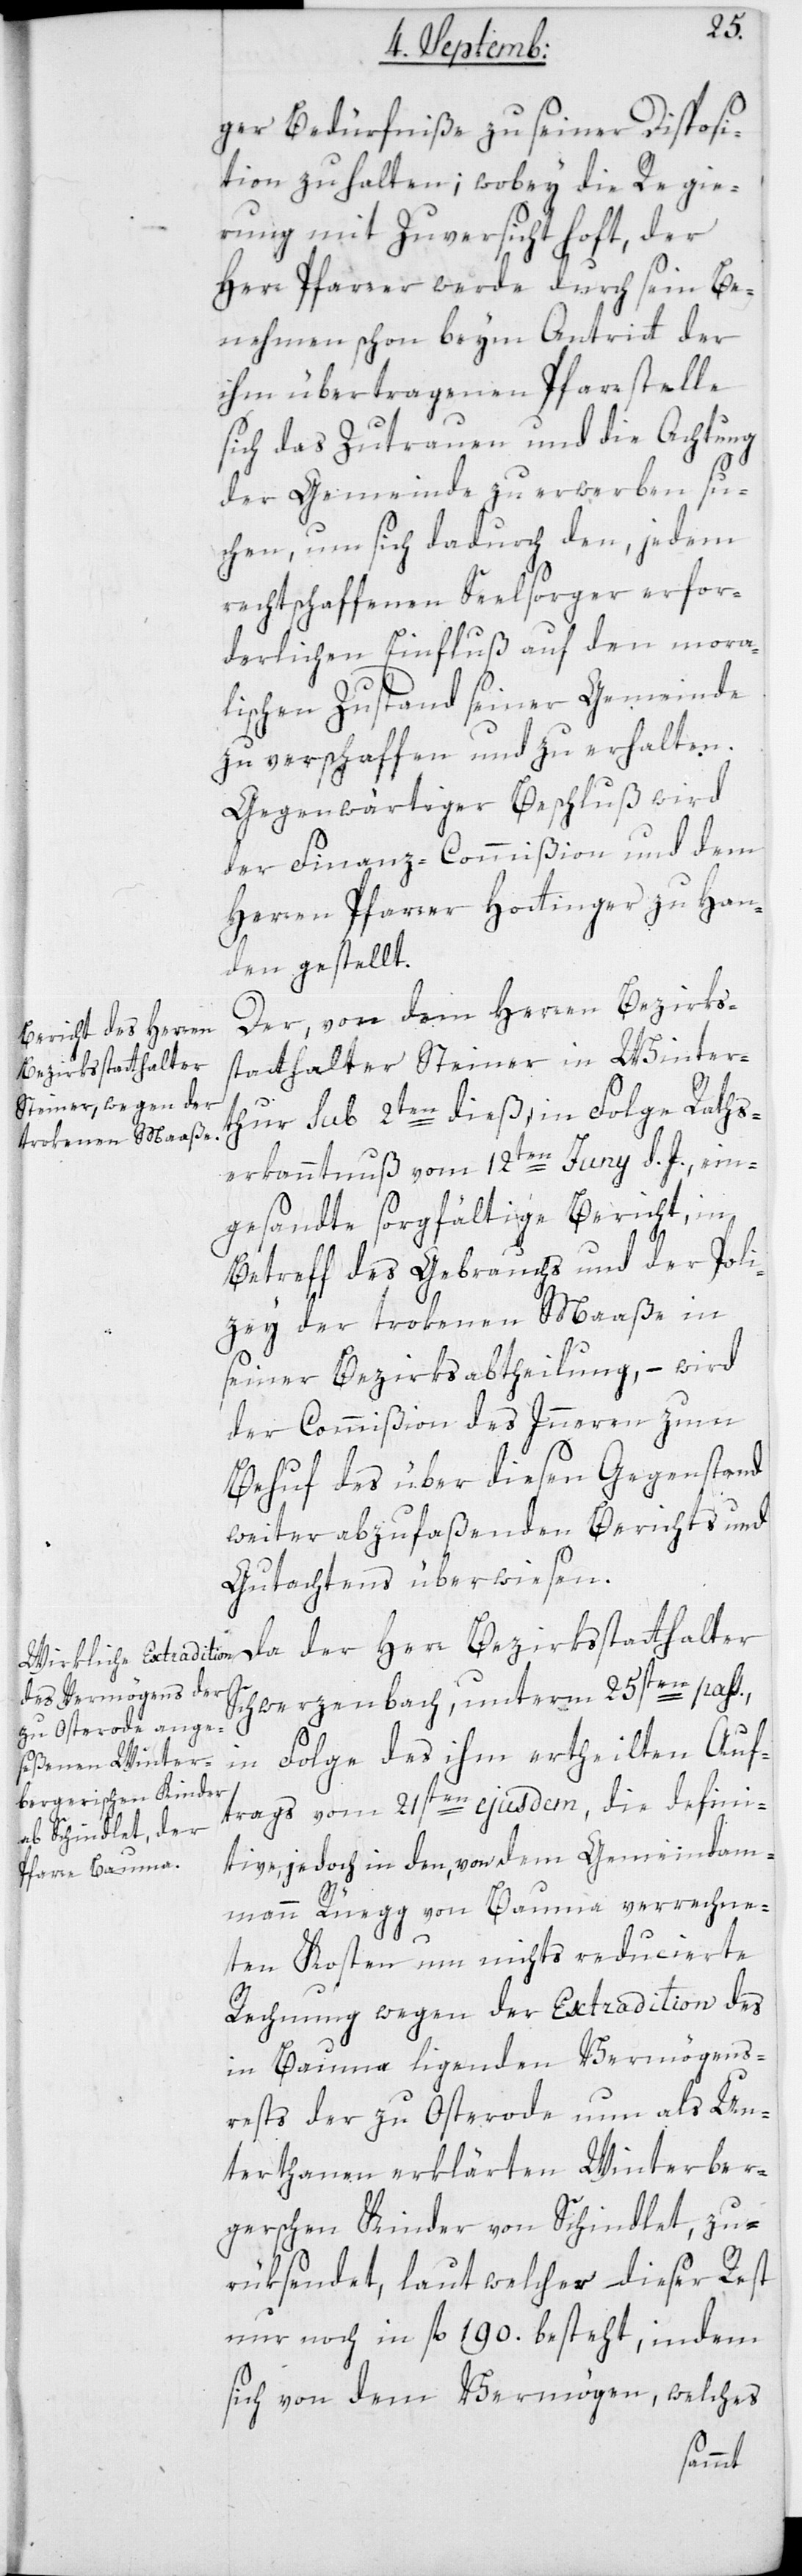
ger Bedürfniße zu seiner Disposi¬
tion zu halten; wobey die Regie¬
rung mit Zuversicht hofft, der
Herr Pfarrer werde durch sein Be¬
nehmen schon beym Antritt der
ihm übertragenen Pfarrstelle
sich das Zutrauen und die Achtung
der Gemeinde zu erwerben su¬
chen, um sich dadurch den, jedem
rechtschaffenen Seelsorger erfor¬
derlichen Einfluß auf den mora¬
lischen Zustand seiner Gemeinde
zu verschaffen und zu erhalten.
Gegenwärtiger Beschluß wird
der Finanz-Commißion und dem
Herren Pfarrer Hottinger zu Han¬
den gestellt.
Der von dem Herren Bezirks¬
statthalter Steiner in Winter¬
Bezirksstatthalter
thur sub 2ten dies, in Folge Raths¬
erkanntnuß vom 12ten Juny d. J., ein¬
gesandte sorgfältige Bericht, in
Betreff des Gebrauchs und der Poli¬
zey der trokenen Maaße in
seiner Bezirksabtheilung, – wird
der Commißion des Innern zum
Behuf des über diesen Gegenstand
weiter abzufaßenden Berichts und
Gutachtens überwiesen.
Schwerzenbach, unterm 25sten pass¬
in Folge des ihm ertheilen Auf¬
trags vom 21sten ejusdem, die defini¬
tive, jedoch in den, von dem Gemeindam¬
mann Rüegg von Bauma verrechne¬
ati
ten Kosten um nichts reducierte
Rechnung wegen der Extradition des
in Bauma ligenden Vermögens¬
rests, der zu Osterode nun als Un¬
terthanen erklärten Winterber¬
gerschen Kinder von Schindlet, zu¬
rüksendet, laut welcher dieser Rest
nur noch in fl. 190. besteht, indem
sich von dem Vermögen, welches